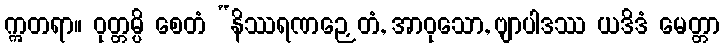
ဣတရာ။ ဝုတ္တမ္ပိ စေတံ “နိဿရဏဉှေတံ, အာဝုသော, ဗျာပါဒဿ ယဒိဒံ မေတ္တာ